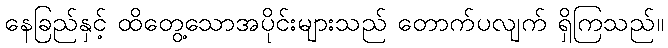
နေခြည်နှင့် ထိတွေ့သောအပိုင်းများသည် တောက်ပလျက် ရှိကြသည်။